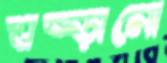
ঘষ্‌ড়ানো